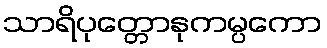
သာရိပုတ္တောနုကမ္ပကော